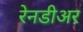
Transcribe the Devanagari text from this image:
रेनडीअर